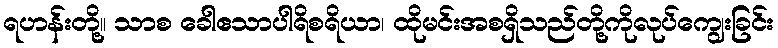
ရဟန်းတို့။ သာစ ခေါဧသာပါရိစရိယာ၊ ထိုမင်းအစရှိသည်တို့ကိုလုပ်ကျွေးခြင်း